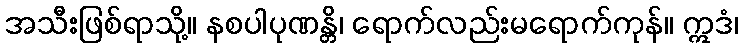
အသီးဖြစ်ရာသို့။ နစပါပုဏန္တိ၊ ရောက်လည်းမရောက်ကုန်။ ဣဒံ၊